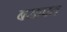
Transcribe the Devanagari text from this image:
बसापत